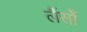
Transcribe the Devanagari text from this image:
लैंसोँ